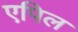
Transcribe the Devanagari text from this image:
एपिल